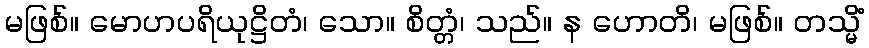
မဖြစ်။ မောဟပရိယုဋ္ဌိတံ၊ သော။ စိတ္တံ၊ သည်။ န ဟောတိ၊ မဖြစ်။ တသ္မိံ